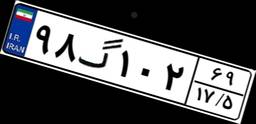
۱۱گ۸۶۰۷۰